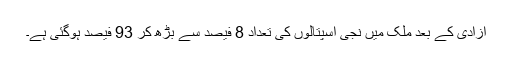
آزادی کے بعد ملک میں نجی اسپتالوں کی تعداد 8 فیصد سے بڑھ کر 93 فیصد ہوگئی ہے۔